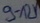
Text: 9-12V